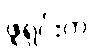
ဖူရှင်းက